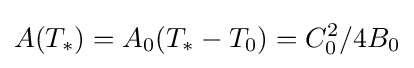
A(T_{*})=A_{0}(T_{*}-T_{0})=C_{0}^{2}/4B_{0}